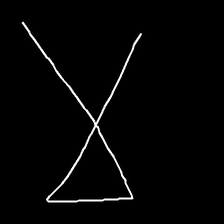
Glyph: collection